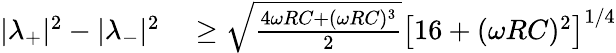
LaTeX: \begin{array}{rl}{|\lambda_{+}|^{2}-|\lambda_{-}|^{2}}&{{}\geq\sqrt{\frac{4\omega RC+(\omega RC)^{3}}{2}}\big[16+(\omega RC)^{2}\big]^{1/4}}\end{array}